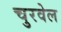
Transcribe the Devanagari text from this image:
चुरवेल